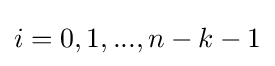
i=0,1,...,n-k-1